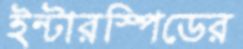
ইন্টারস্পিডের